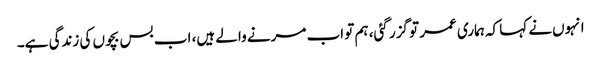
انہوں‌نے کہا کہ ہماری عمر تو گزر گئی، ہم تو اب مرنے والے ہیں، اب بس بچوں کی زندگی ہے۔